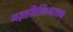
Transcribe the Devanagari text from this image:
मज़हविल्लिनात्तम